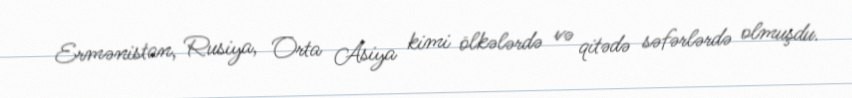
Ermənistan, Rusiya, Orta Asiya kimi ölkələrdə və qitədə səfərlərdə olmuşdu.